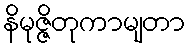
နိမုဇ္ဇိတုကာမျတာ